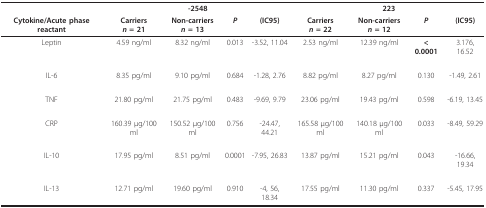
<table><thead><tr><td></td><td colspan="4"><b>-2548</b></td><td colspan="4"><b>223</b></td></tr><tr><td><b>Cytokine/Acute phase reactant</b></td><td><b>Carriers<i>n </i>= 21</b></td><td><b>Non-carriers<i>n </i>= 13</b></td><td><b><i>P</i></b></td><td><b>(IC95)</b></td><td><b>Carriers<i>n </i>= 22</b></td><td><b>Non-carriers<i>n </i>= 12</b></td><td><b><i>P</i></b></td><td><b>(IC95)</b></td></tr></thead><tbody><tr><td>Leptin</td><td>4.59 ng/ml</td><td>8.32 ng/ml</td><td>0.013</td><td>-3.52, 11.04</td><td>2.53 ng/ml</td><td>12.39 ng/ml</td><td><b>&lt; 0.0001</b></td><td>3.176, 16.52</td></tr><tr><td>IL-6</td><td>8.35 pg/ml</td><td>9.10 pg/ml</td><td>0.684</td><td>-1.28, 2.76</td><td>8.82 pg/ml</td><td>8.27 pg/ml</td><td>0.130</td><td>-1.49, 2.61</td></tr><tr><td>TNF</td><td>21.80 pg/ml</td><td>21.75 pg/ml</td><td>0.483</td><td>-9.69, 9.79</td><td>23.06 pg/ml</td><td>19.43 pg/ml</td><td>0.598</td><td>-6.19, 13.45</td></tr><tr><td>CRP</td><td>160.39 μg/100 ml</td><td>150.52 μg/100 ml</td><td>0.756</td><td>-24.47, 44.21</td><td>165.58 μg/100 ml</td><td>140.18 μg/100 ml</td><td>0.033</td><td>-8.49, 59.29</td></tr><tr><td>IL-10</td><td>17.95 pg/ml</td><td>8.51 pg/ml</td><td>0.0001</td><td>-7.95, 26.83</td><td>13.87 pg/ml</td><td>15.21 pg/ml</td><td>0.043</td><td>-16.66, 19.34</td></tr><tr><td>IL-13</td><td>12.71 pg/ml</td><td>19.60 pg/ml</td><td>0.910</td><td>-4, 56, 18.34</td><td>17.55 pg/ml</td><td>11.30 pg/ml</td><td>0.337</td><td>-5.45, 17.95</td></tr></tbody></table>